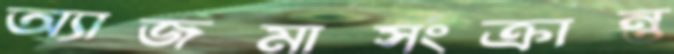
অ্যাজমাসংক্রান্ত